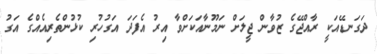
ދަގަނޑޭއަކީ ރާއްޖޭގެ ޒުވާން ޖީލަށް ނަމޫނާއަކަށްވާ އިރު އެފަދަ އަގުހުރި ކުޅުންތެރިއެއްގެ އަގު